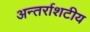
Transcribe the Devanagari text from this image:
अन्तर्राशटीय